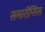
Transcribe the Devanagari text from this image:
समारॉप्सिस